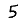
Digit: 5